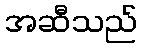
အဆီသည်